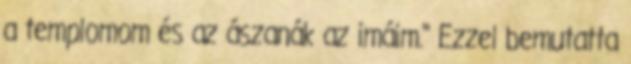
a templomom és az ászanák az imáim." Ezzel bemutatta